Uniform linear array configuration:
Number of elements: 48
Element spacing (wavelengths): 1
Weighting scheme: exponential
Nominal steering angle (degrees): -30
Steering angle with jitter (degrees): -30.46
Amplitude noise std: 0.05
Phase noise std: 0.05

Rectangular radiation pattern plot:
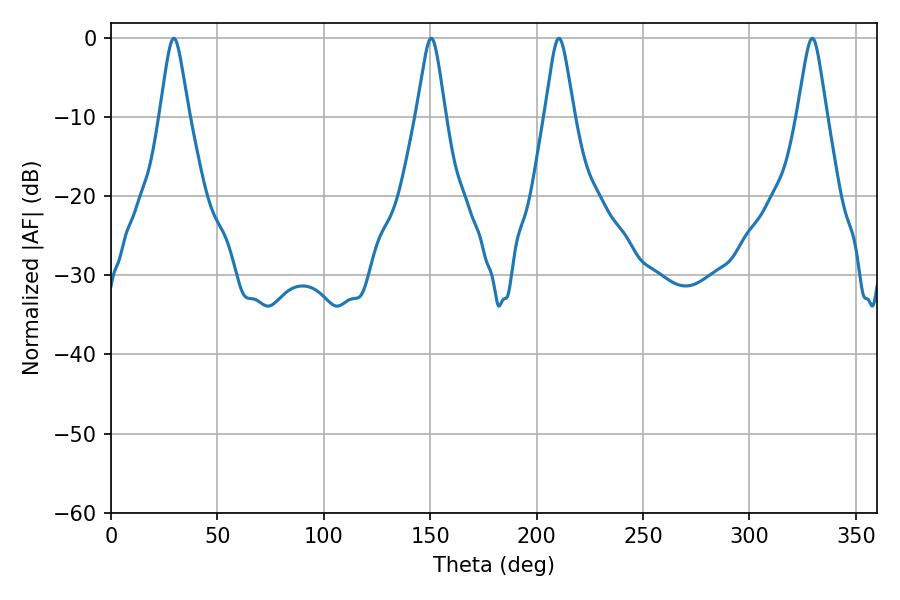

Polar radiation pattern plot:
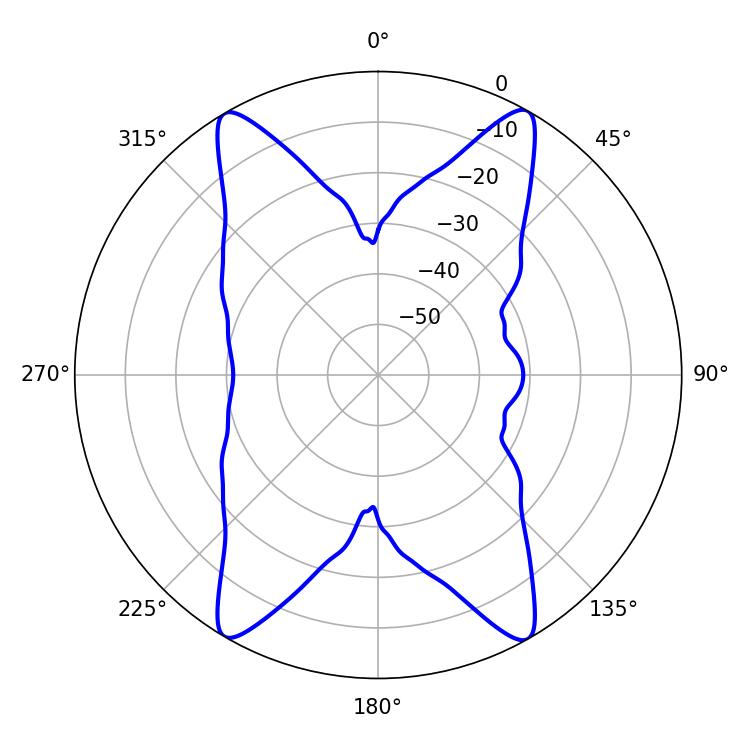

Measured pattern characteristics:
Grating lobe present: TRUE
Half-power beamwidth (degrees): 6.48
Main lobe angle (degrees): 29.52